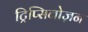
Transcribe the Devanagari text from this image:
ट्रिप्सिनोज़न